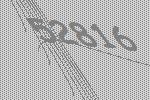
52816